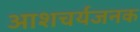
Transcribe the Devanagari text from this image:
आशचर्यजनक